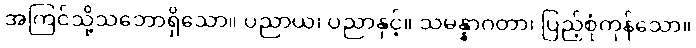
အကြင်သို့သဘောရှိသော။ ပညာယ၊ ပညာနှင့်။ သမန္နာဂတာ၊ ပြည့်စုံကုန်သော။